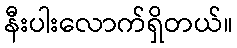
နီးပါးလောက်ရှိတယ်။